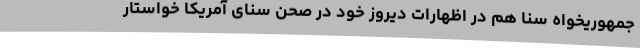
جمهوریخواه سنا هم در اظهارات دیروز خود در صحن سنای آمریکا خواستار